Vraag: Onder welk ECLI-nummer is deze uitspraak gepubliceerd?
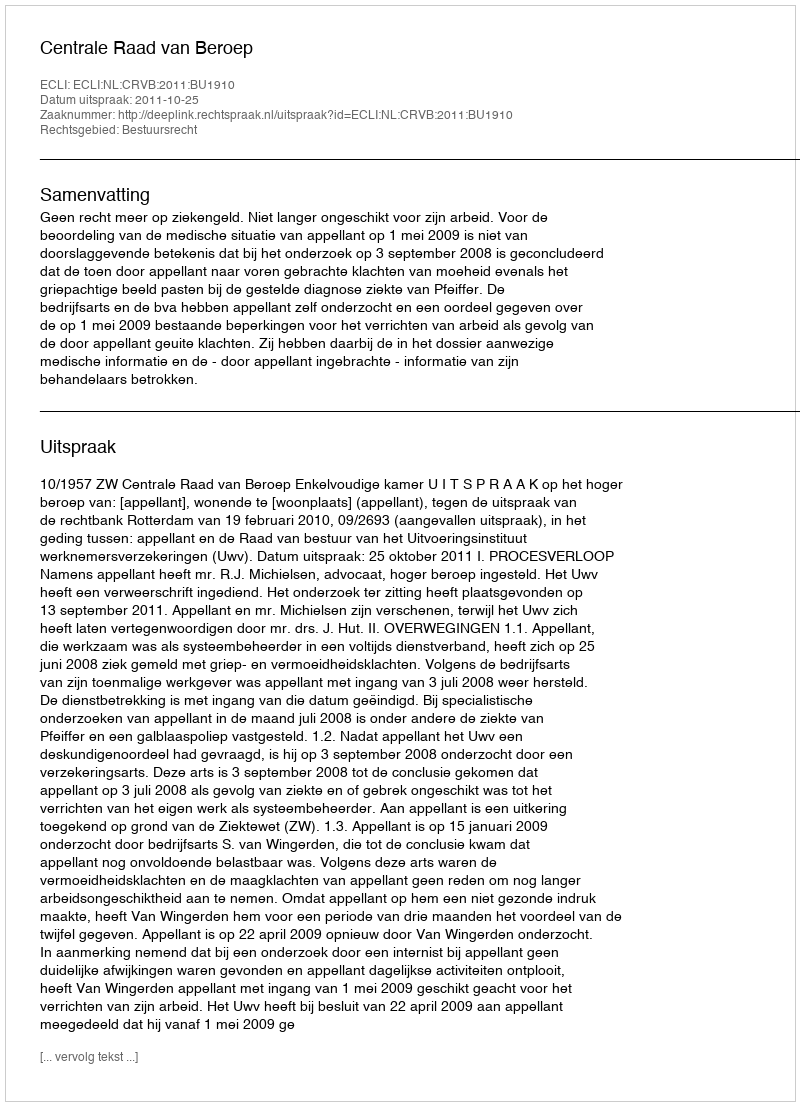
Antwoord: ECLI:NL:CRVB:2011:BU1910